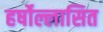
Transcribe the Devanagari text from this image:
हर्षोल्लासित